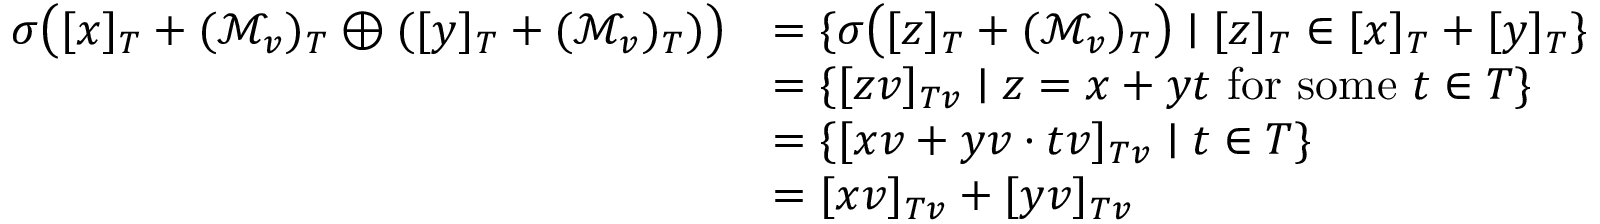
\begin{array} { r l } { \sigma \bigl ( [ x ] _ { T } + ( \mathcal { M } _ { v } ) _ { T } \oplus ( [ y ] _ { T } + ( \mathcal { M } _ { v } ) _ { T } ) \bigr ) } & { = \{ \sigma \bigl ( [ z ] _ { T } + ( \mathcal { M } _ { v } ) _ { T } \bigr ) \mid [ z ] _ { T } \in [ x ] _ { T } + [ y ] _ { T } \} } \\ & { = \{ [ z v ] _ { T v } \mid z = x + y t \mathrm { ~ f o r ~ s o m e ~ } t \in T \} } \\ & { = \{ [ x v + y v \cdot t v ] _ { T v } \mid t \in T \} } \\ & { = [ x v ] _ { T v } + [ y v ] _ { T v } } \end{array}